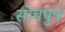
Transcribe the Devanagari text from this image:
सोमपुत्र